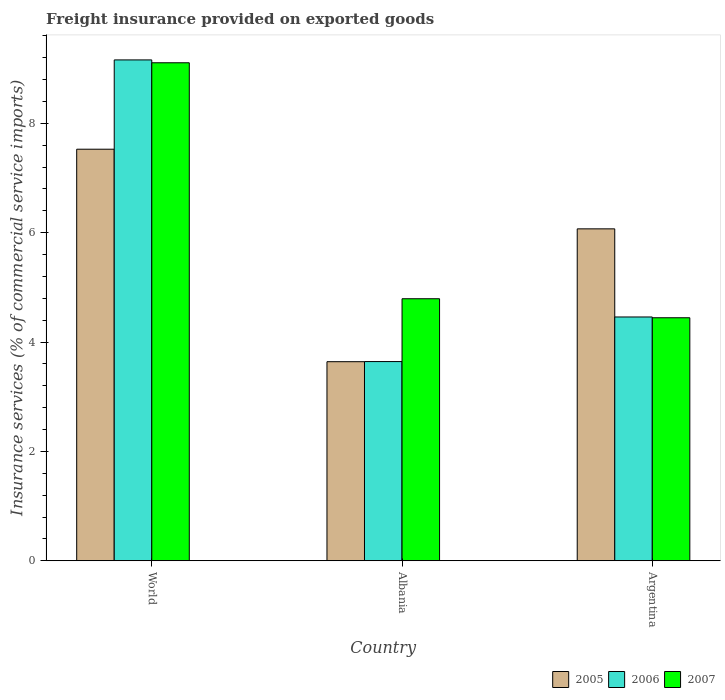
| Country | 2005 | 2006 | 2007 |
 | --- | --- | --- | --- |
 | World | 7.53 | 9.16 | 9.11 |
 | Albania | 3.64 | 3.64 | 4.79 |
 | Argentina | 6.07 | 4.46 | 4.44 |